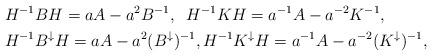
LaTeX: \begin{align*}&H^{-1} B H = a A - a^{2} B^{-1}, \;\;H^{-1} K H = a^{-1} A - a^{-2} K^{-1}, \\&H^{-1} B^\downarrow H = a A - a^{2} (B^\downarrow)^{-1}, H^{-1} K^\downarrow H = a^{-1} A - a^{-2} (K^\downarrow)^{-1}, \end{align*}